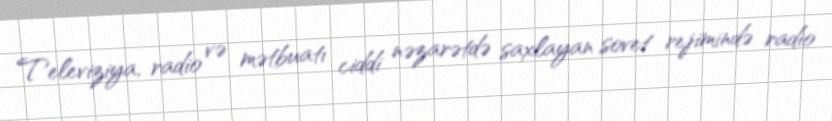
Televiziya, radio və mətbuatı ciddi nəzarətdə saxlayan sovet rejimində radio